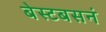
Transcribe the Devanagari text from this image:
बेस्टबसनं